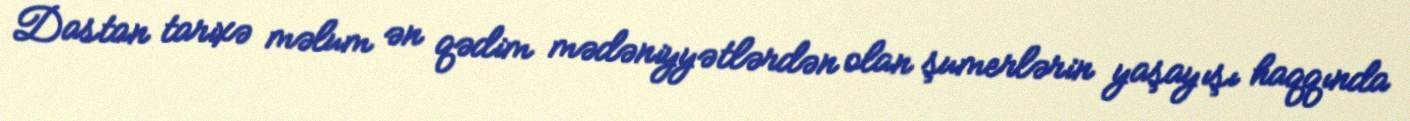
Dastan tarixə məlum ən qədim mədəniyyətlərdən olan şumerlərin yaşayışı haqqında